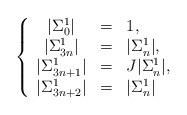
LaTeX: \begin{align*}\left\{\begin{array}{cll}|\Sigma_{0}^{1}|&=&1, \\|\Sigma_{3n}^{1}|&=& |\Sigma_{n}^{1}|,\\|\Sigma_{3n+1}^{1}|&=& J|\Sigma_{n}^{1}|,\\|\Sigma_{3n+2}^{1}|&=& |\Sigma_{n}^{1}|\\\end{array}\right. \end{align*}